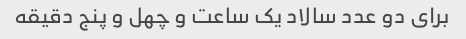
برای دو عدد سالاد یک ساعت و چهل و پنج دقیقه